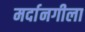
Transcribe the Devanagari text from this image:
मर्दानगीला